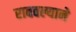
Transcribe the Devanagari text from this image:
राबवल्याने